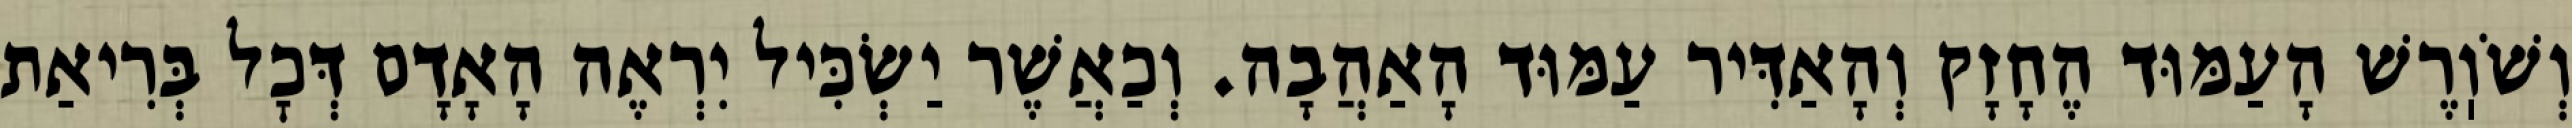
וְשֹׁוֽרֶשׁ הָעַמּוּד הֶחָזָק וְהָאַדִּיר עַמּוּד הָאַהֲבָה. וְכַאֲשֶׁר יַשְׂכִּיל יִרְאֶה הָאָדָם דְּכׇל בְּרִיאַת